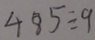
4 8 5 \div 9